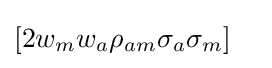
[2w_{m}w_{a}\rho _{am}\sigma _{a}\sigma _{m}]\quad